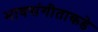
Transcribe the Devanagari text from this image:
भावसंगीताकडे